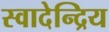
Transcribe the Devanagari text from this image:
स्वादेन्द्रिय